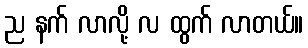
ည နက် လာလို့ လ ထွက် လာတယ်။